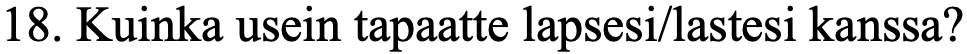
18. Kuinka usein tapaatte lapsesi/lastesi kanssa?